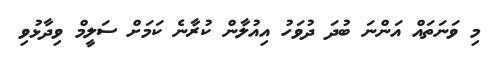
މި ވަނަތައް އަންނަ ބުދަ ދުވަހު އިއުލާން ކުރާނެ ކަމަށް ސަލީމް ވިދާޅުވި